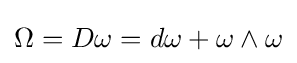
\Omega =D\omega =d\omega +\omega \wedge \omega